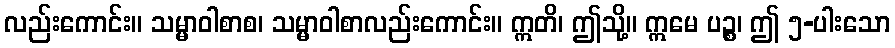
လည်းကောင်း။ သမ္မာဝါစာစ၊ သမ္မာဝါစာလည်းကောင်း။ ဣတိ၊ ဤသို့။ ဣမေ ပဉ္စ၊ ဤ ၅-ပါးသော